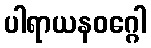
ပါရာယနဝဂ္ဂေါ